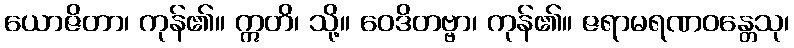
ယောဇိတာ၊ ကုန်၏။ ဣတိ၊ သို့။ ဝေဒိတဗ္ဗာ၊ ကုန်၏။ ဇရာမရဏဝန္တေသု၊